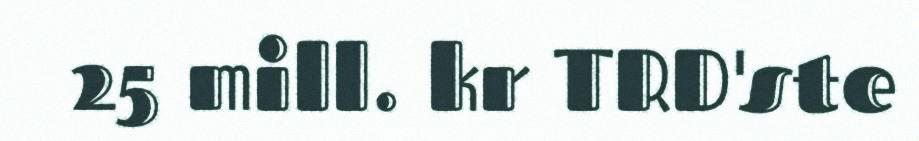
25 mill. kr TRD'ste